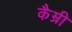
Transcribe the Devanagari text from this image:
कैम्री